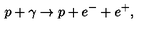
p + \gamma \rightarrow p + e ^ { - } + e ^ { + } ,